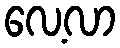
လေ့လာ